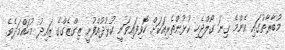
މުބާރާތުގައި އެންމެ ގިނަ ގޯލްޖެހި ކުޅުންތެރިއަކަށް ހޮވިފައިވަނީ ކުޅުދުއްފުށީ ޒިގްޒެގްގެ ޒައިދު މުހައްމަދެވެ.